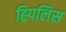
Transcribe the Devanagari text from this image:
ह्र्पिलिस